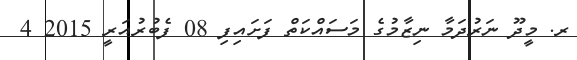
ރ. މީދޫ ނަރުދަމާ ނިޒާމުގެ މަސައްކަތް ފަށައިފި 08 ފެބުރުއަރީ 2015 4